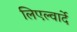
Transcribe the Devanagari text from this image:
लिएल्वार्दे